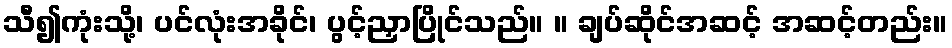
သီ၍ကုံးသို့၊ ပင်လုံးအခိုင်၊ ပွင့်ညှာပြိုင်သည်။ ။ ချပ်ဆိုင်အဆင့် အဆင့်တည်း။